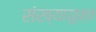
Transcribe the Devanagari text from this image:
संख्यायुक्त